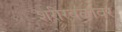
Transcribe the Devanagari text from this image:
शरीरबळावर